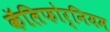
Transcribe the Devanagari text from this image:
कॅलिफोर्नियम